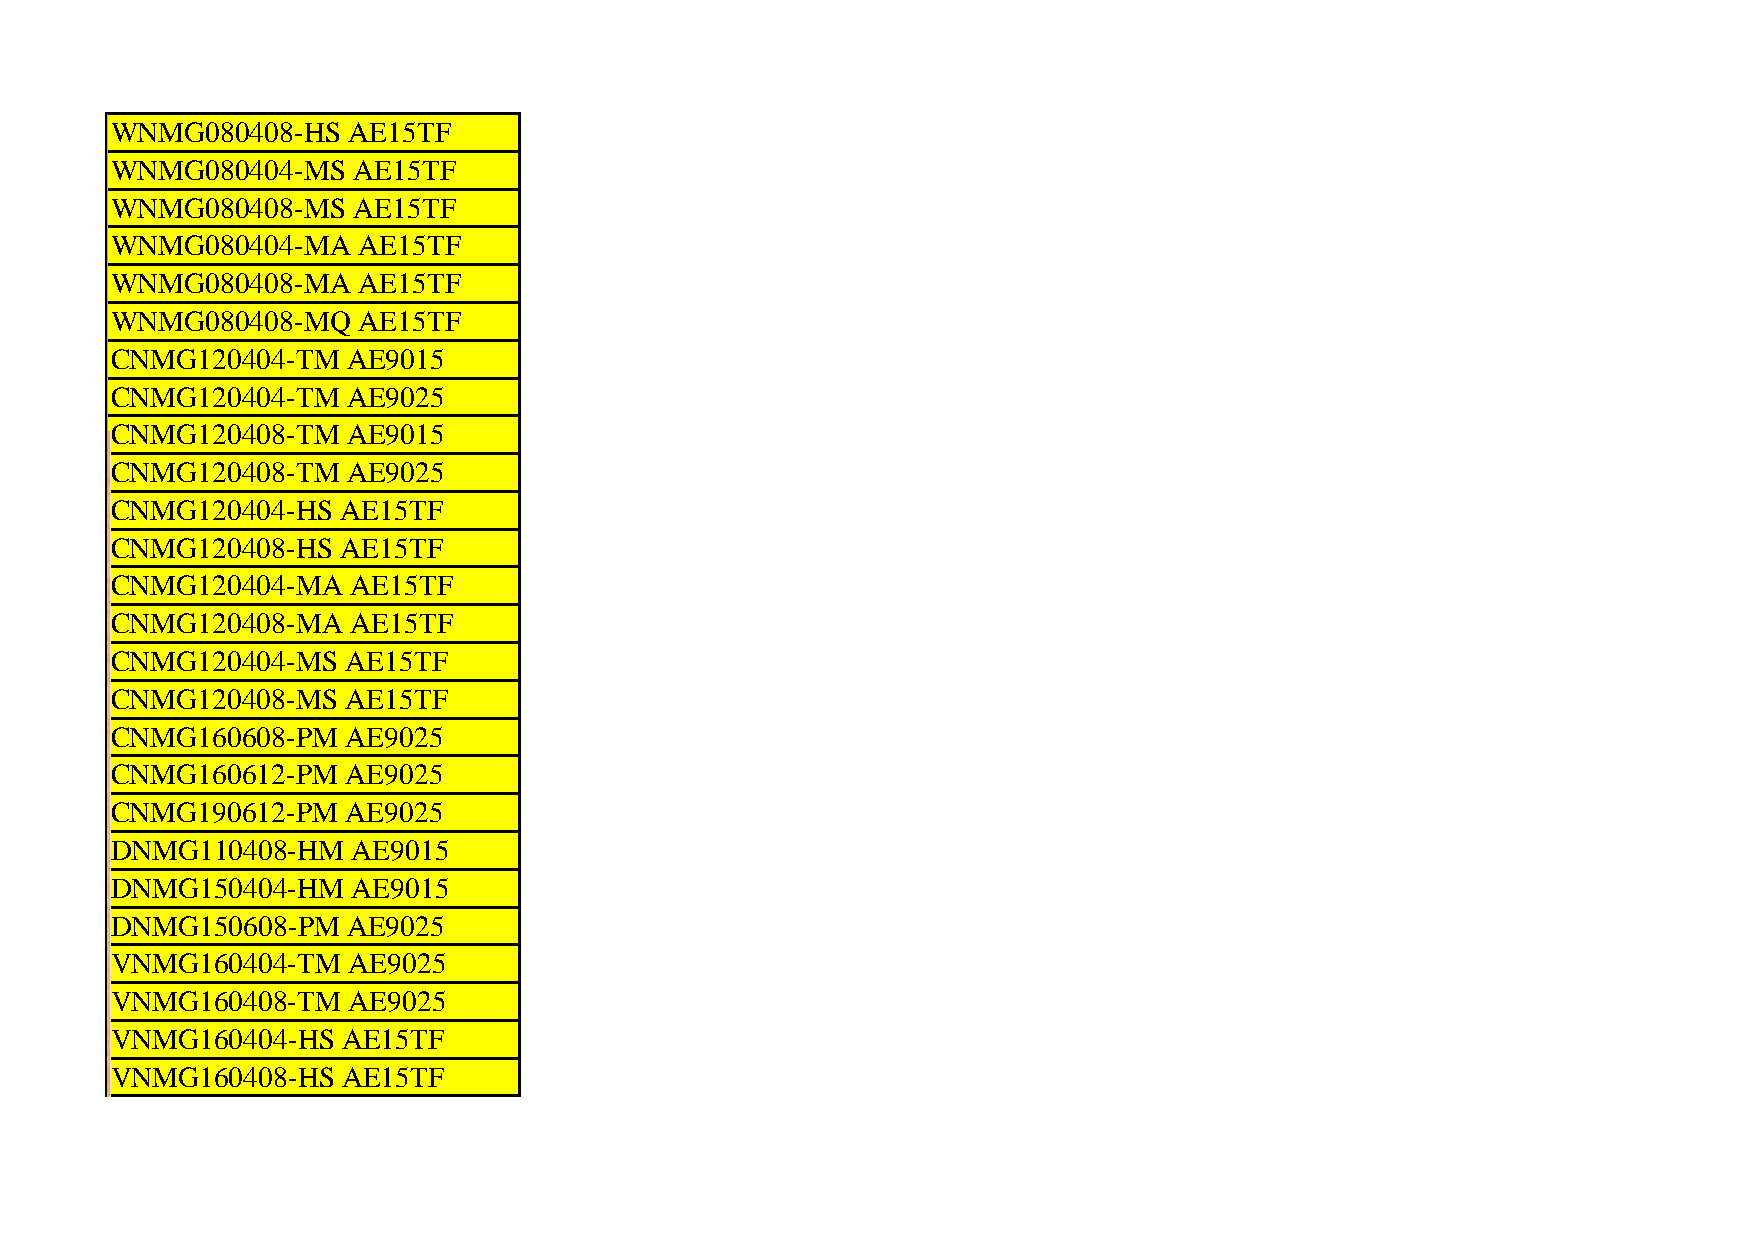
WNMG080408-HS   AE15TF
 WNMG080404-MS   AE15TF
 WNMG080408-MS   AE15TF
 WNMG080404-MA    AE15TF
 WNMG080408-MA    AE15TF
 WNMG080408-MQ    AE15TF
 CNMG120404-TM   AE9015
 CNMG120404-TM   AE9025
 CNMG120408-TM   AE9015
 CNMG120408-TM   AE9025
 CNMG120404-HS   AE15TF
 CNMG120408-HS   AE15TF
 CNMG120404-MA   AE15TF
 CNMG120408-MA   AE15TF
 CNMG120404-MS   AE15TF
 CNMG120408-MS   AE15TF
 CNMG160608-PM   AE9025
 CNMG160612-PM   AE9025
 CNMG190612-PM   AE9025
 DNMG110408-HM   AE9015
 DNMG150404-HM   AE9015
 DNMG150608-PM   AE9025
 VNMG160404-TM   AE9025
 VNMG160408-TM   AE9025
 VNMG160404-HS   AE15TF
 VNMG160408-HS   AE15TF